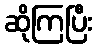
ဆိုကြပြီး